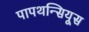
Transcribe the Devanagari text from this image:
पापथन्सियूस